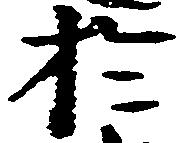
於